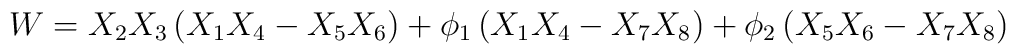
W=X_2X_3\left(X_1X_4-X_5X_6\right)+\phi_1\left(X_1X_4-X_7X_8\right)+\phi_2\left(X_5X_6-X_7X_8\right)